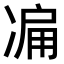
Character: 𠗬